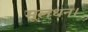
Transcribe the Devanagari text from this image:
मूलधन।